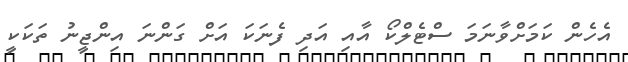
އެހެން ކަމަށްވާނަމަ ސްޓެލްކޯ އާއި އަދި ފެނަކަ އަށް ގަންނަ އިންޖީނު ތަކަކީ